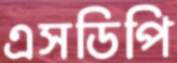
এসডিপি